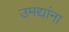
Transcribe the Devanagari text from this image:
उमद्यांना